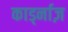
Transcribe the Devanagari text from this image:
कार्ड्नाज़